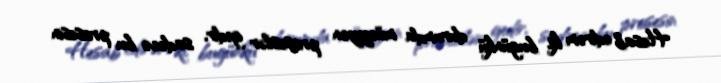
Hesab edirəm ki, bugünkü durumda müəyyən proseslər gedir, sadəcə bu prosesin